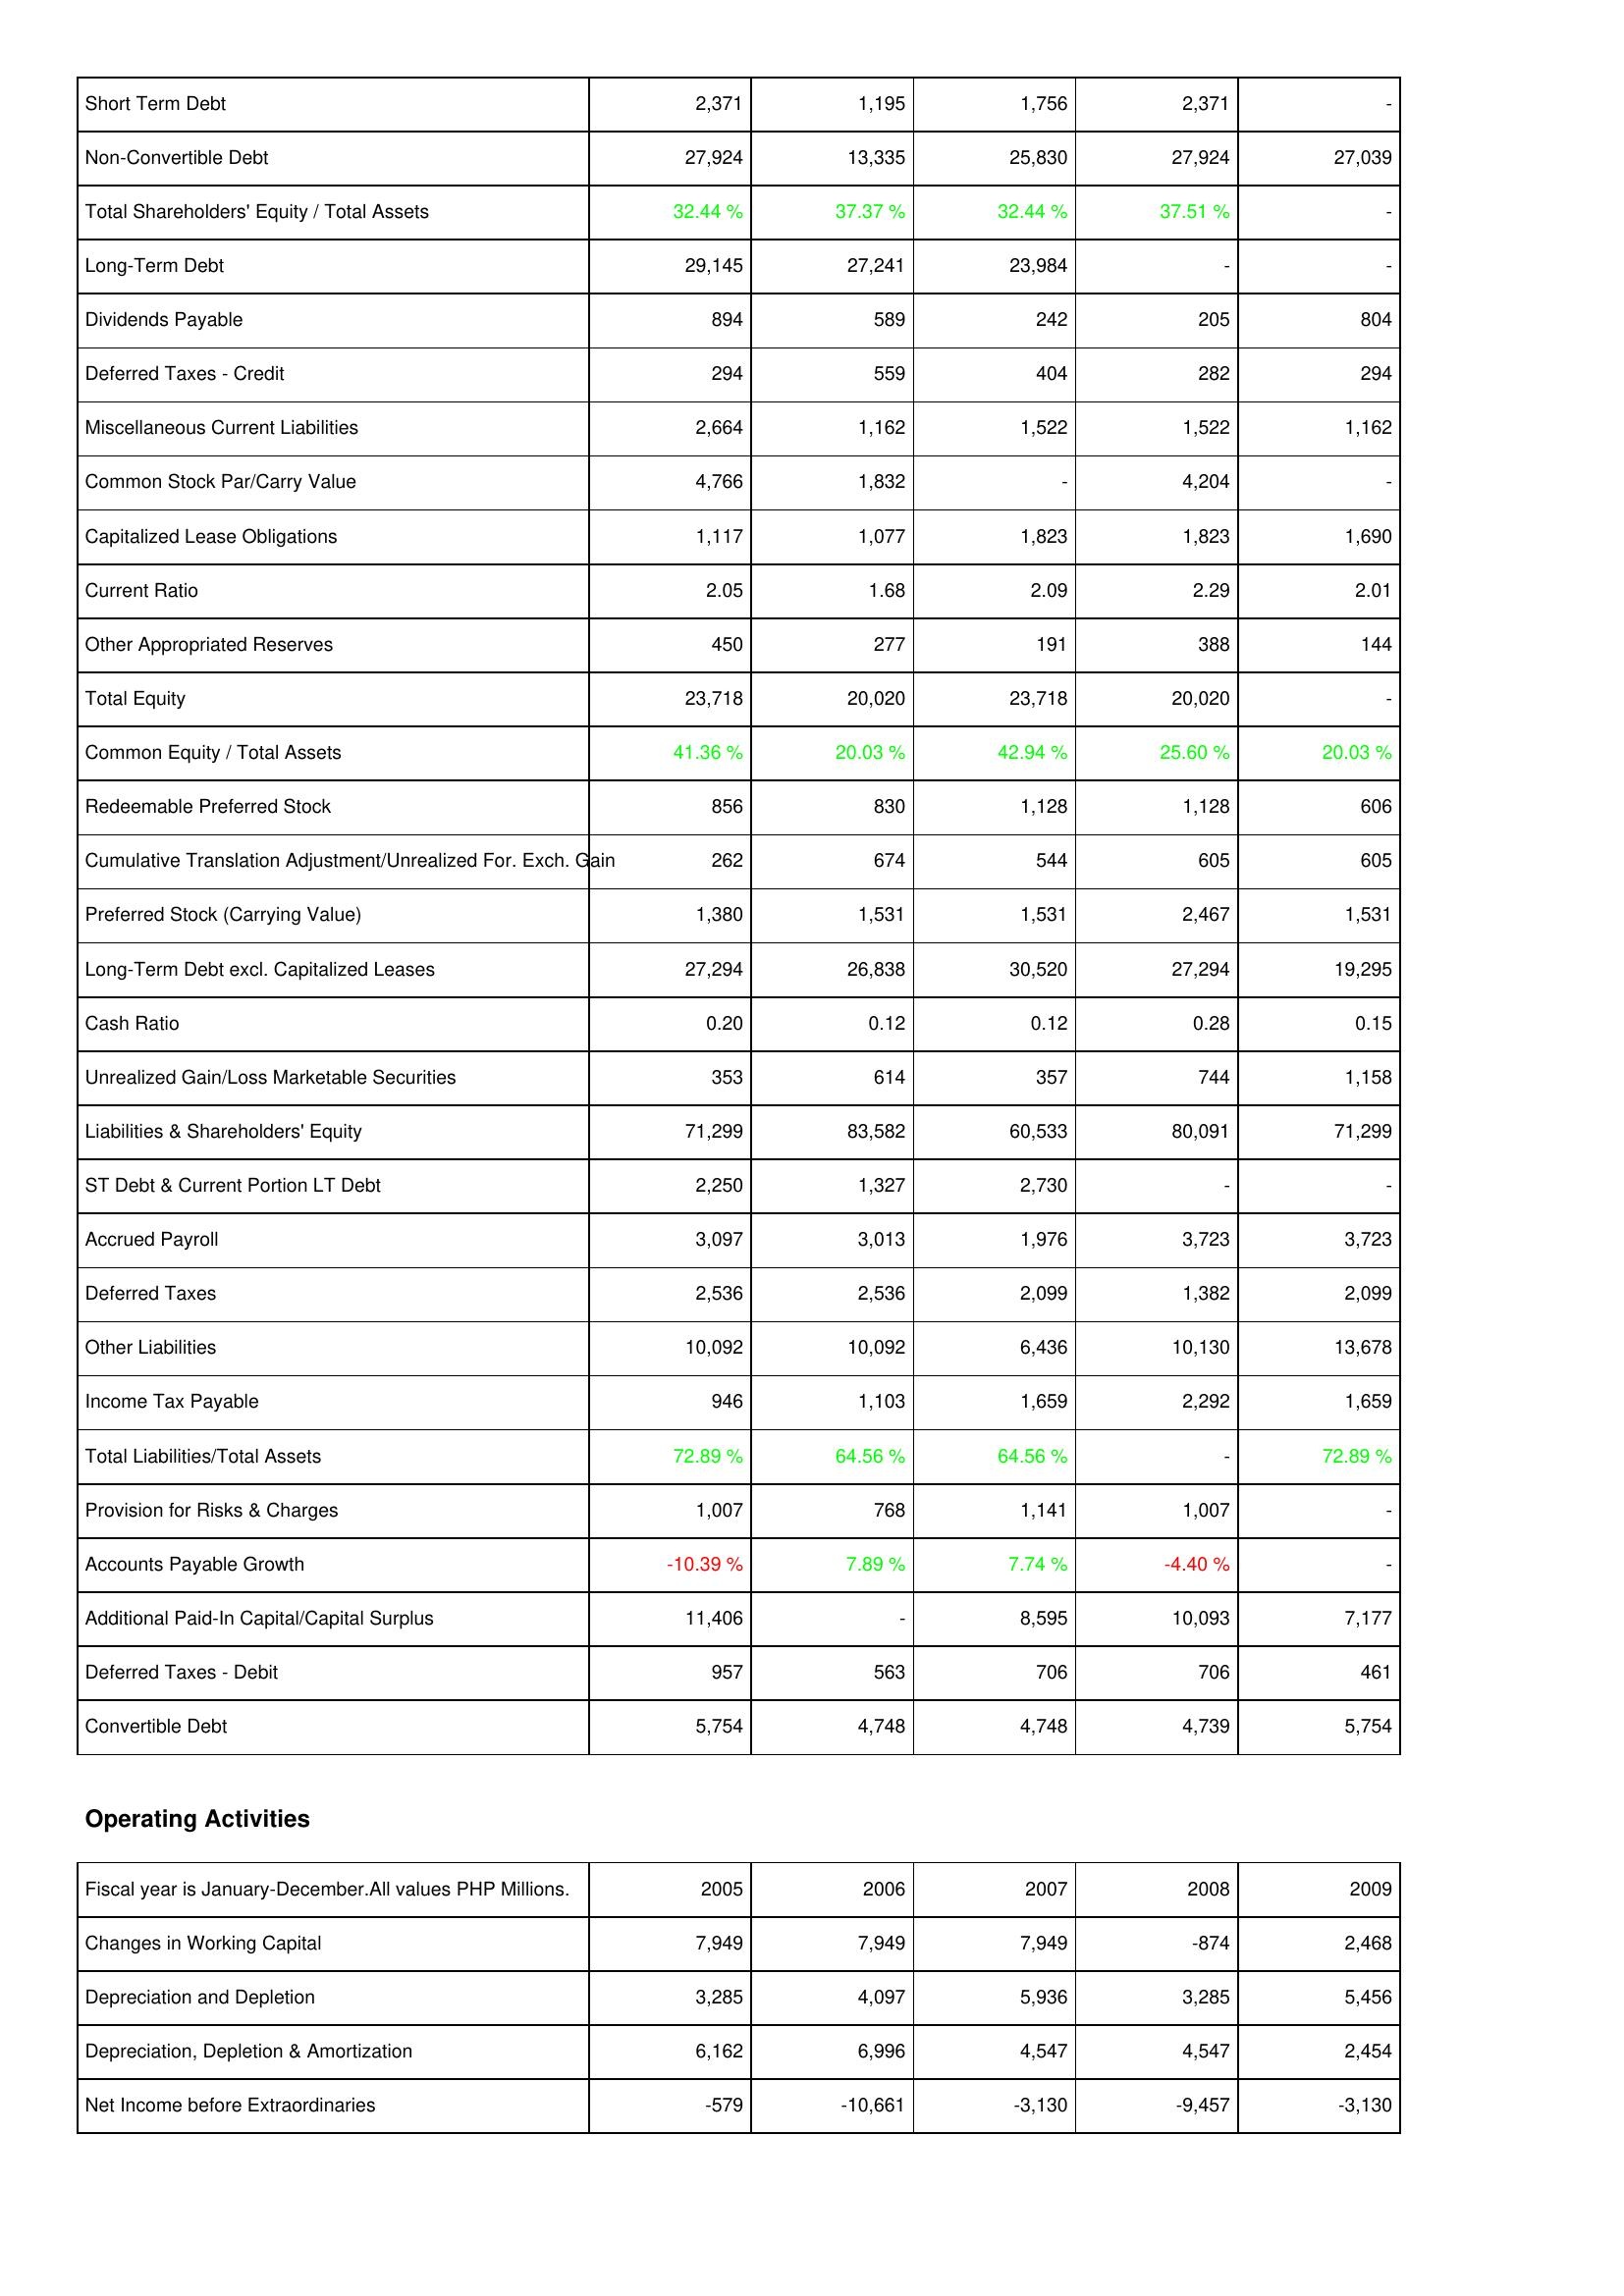
2005: Liabilities & Shareholders' Equity: Short Term Debt: 2,371
Non-Convertible Debt: 27,924
Total Shareholders' Equity / Total Assets: 32.44 %
Long-Term Debt: 29,145
Dividends Payable: 894
Deferred Taxes - Credit: 294
Miscellaneous Current Liabilities: 2,664
Common Stock Par/Carry Value: 4,766
Capitalized Lease Obligations: 1,117
Current Ratio: 2.05
Other Appropriated Reserves: 450
Total Equity: 23,718
Common Equity / Total Assets: 41.36 %
Redeemable Preferred Stock: 856
Cumulative Translation Adjustment/Unrealized For. Exch. Gain: 262
Preferred Stock (Carrying Value): 1,380
Long-Term Debt excl. Capitalized Leases: 27,294
Cash Ratio: 0.20
Unrealized Gain/Loss Marketable Securities: 353
Liabilities & Shareholders' Equity: 71,299
ST Debt & Current Portion LT Debt: 2,250
Accrued Payroll: 3,097
Deferred Taxes: 2,536
Other Liabilities: 10,092
Income Tax Payable: 946
Total Liabilities/Total Assets: 72.89 %
Provision for Risks & Charges: 1,007
Accounts Payable Growth: -10.39 %
Additional Paid-In Capital/Capital Surplus: 11,406
Deferred Taxes - Debit: 957
Convertible Debt: 5,754
Operating Activities: Changes in Working Capital: 7,949
Depreciation and Depletion: 3,285
Depreciation, Depletion & Amortization: 6,162
Net Income before Extraordinaries: -579
2006: Liabilities & Shareholders' Equity: Short Term Debt: 1,195
Non-Convertible Debt: 13,335
Total Shareholders' Equity / Total Assets: 37.37 %
Long-Term Debt: 27,241
Dividends Payable: 589
Deferred Taxes - Credit: 559
Miscellaneous Current Liabilities: 1,162
Common Stock Par/Carry Value: 1,832
Capitalized Lease Obligations: 1,077
Current Ratio: 1.68
Other Appropriated Reserves: 277
Total Equity: 20,020
Common Equity / Total Assets: 20.03 %
Redeemable Preferred Stock: 830
Cumulative Translation Adjustment/Unrealized For. Exch. Gain: 674
Preferred Stock (Carrying Value): 1,531
Long-Term Debt excl. Capitalized Leases: 26,838
Cash Ratio: 0.12
Unrealized Gain/Loss Marketable Securities: 614
Liabilities & Shareholders' Equity: 83,582
ST Debt & Current Portion LT Debt: 1,327
Accrued Payroll: 3,013
Deferred Taxes: 2,536
Other Liabilities: 10,092
Income Tax Payable: 1,103
Total Liabilities/Total Assets: 64.56 %
Provision for Risks & Charges: 768
Accounts Payable Growth: 7.89 %
Additional Paid-In Capital/Capital Surplus: -
Deferred Taxes - Debit: 563
Convertible Debt: 4,748
Operating Activities: Changes in Working Capital: 7,949
Depreciation and Depletion: 4,097
Depreciation, Depletion & Amortization: 6,996
Net Income before Extraordinaries: -10,661
2007: Liabilities & Shareholders' Equity: Short Term Debt: 1,756
Non-Convertible Debt: 25,830
Total Shareholders' Equity / Total Assets: 32.44 %
Long-Term Debt: 23,984
Dividends Payable: 242
Deferred Taxes - Credit: 404
Miscellaneous Current Liabilities: 1,522
Common Stock Par/Carry Value: -
Capitalized Lease Obligations: 1,823
Current Ratio: 2.09
Other Appropriated Reserves: 191
Total Equity: 23,718
Common Equity / Total Assets: 42.94 %
Redeemable Preferred Stock: 1,128
Cumulative Translation Adjustment/Unrealized For. Exch. Gain: 544
Preferred Stock (Carrying Value): 1,531
Long-Term Debt excl. Capitalized Leases: 30,520
Cash Ratio: 0.12
Unrealized Gain/Loss Marketable Securities: 357
Liabilities & Shareholders' Equity: 60,533
ST Debt & Current Portion LT Debt: 2,730
Accrued Payroll: 1,976
Deferred Taxes: 2,099
Other Liabilities: 6,436
Income Tax Payable: 1,659
Total Liabilities/Total Assets: 64.56 %
Provision for Risks & Charges: 1,141
Accounts Payable Growth: 7.74 %
Additional Paid-In Capital/Capital Surplus: 8,595
Deferred Taxes - Debit: 706
Convertible Debt: 4,748
Operating Activities: Changes in Working Capital: 7,949
Depreciation and Depletion: 5,936
Depreciation, Depletion & Amortization: 4,547
Net Income before Extraordinaries: -3,130
2008: Liabilities & Shareholders' Equity: Short Term Debt: 2,371
Non-Convertible Debt: 27,924
Total Shareholders' Equity / Total Assets: 37.51 %
Long-Term Debt: -
Dividends Payable: 205
Deferred Taxes - Credit: 282
Miscellaneous Current Liabilities: 1,522
Common Stock Par/Carry Value: 4,204
Capitalized Lease Obligations: 1,823
Current Ratio: 2.29
Other Appropriated Reserves: 388
Total Equity: 20,020
Common Equity / Total Assets: 25.60 %
Redeemable Preferred Stock: 1,128
Cumulative Translation Adjustment/Unrealized For. Exch. Gain: 605
Preferred Stock (Carrying Value): 2,467
Long-Term Debt excl. Capitalized Leases: 27,294
Cash Ratio: 0.28
Unrealized Gain/Loss Marketable Securities: 744
Liabilities & Shareholders' Equity: 80,091
ST Debt & Current Portion LT Debt: -
Accrued Payroll: 3,723
Deferred Taxes: 1,382
Other Liabilities: 10,130
Income Tax Payable: 2,292
Total Liabilities/Total Assets: -
Provision for Risks & Charges: 1,007
Accounts Payable Growth: -4.40 %
Additional Paid-In Capital/Capital Surplus: 10,093
Deferred Taxes - Debit: 706
Convertible Debt: 4,739
Operating Activities: Changes in Working Capital: -874
Depreciation and Depletion: 3,285
Depreciation, Depletion & Amortization: 4,547
Net Income before Extraordinaries: -9,457
2009: Liabilities & Shareholders' Equity: Short Term Debt: -
Non-Convertible Debt: 27,039
Total Shareholders' Equity / Total Assets: -
Long-Term Debt: -
Dividends Payable: 804
Deferred Taxes - Credit: 294
Miscellaneous Current Liabilities: 1,162
Common Stock Par/Carry Value: -
Capitalized Lease Obligations: 1,690
Current Ratio: 2.01
Other Appropriated Reserves: 144
Total Equity: -
Common Equity / Total Assets: 20.03 %
Redeemable Preferred Stock: 606
Cumulative Translation Adjustment/Unrealized For. Exch. Gain: 605
Preferred Stock (Carrying Value): 1,531
Long-Term Debt excl. Capitalized Leases: 19,295
Cash Ratio: 0.15
Unrealized Gain/Loss Marketable Securities: 1,158
Liabilities & Shareholders' Equity: 71,299
ST Debt & Current Portion LT Debt: -
Accrued Payroll: 3,723
Deferred Taxes: 2,099
Other Liabilities: 13,678
Income Tax Payable: 1,659
Total Liabilities/Total Assets: 72.89 %
Provision for Risks & Charges: -
Accounts Payable Growth: -
Additional Paid-In Capital/Capital Surplus: 7,177
Deferred Taxes - Debit: 461
Convertible Debt: 5,754
Operating Activities: Changes in Working Capital: 2,468
Depreciation and Depletion: 5,456
Depreciation, Depletion & Amortization: 2,454
Net Income before Extraordinaries: -3,130